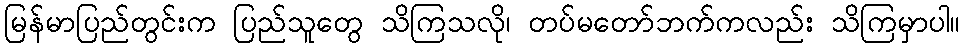
မြန်မာပြည်တွင်းက ပြည်သူတွေ သိကြသလို၊ တပ်မတော်ဘက်ကလည်း သိကြမှာပါ။